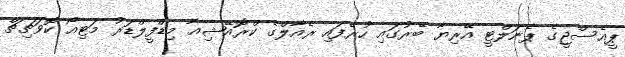
ޕީއެސްޖީގެ ޕެނަލްޓީ އޭރިޔާ ބޭރުގައި ހުރެފައި ރެއާލްގެ ކްރޮއޭޝިއާ މިޑްފީލްޑަރު މަޓިއޯ ކޮވަޗިޗް